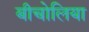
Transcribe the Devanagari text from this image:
बीचोलिया